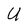
Character: U